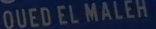
QUED EL MALEH